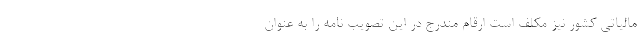
مالیاتی کشور نیز مکلف است ارقام مندرج در این تصویب نامه را به عنوان